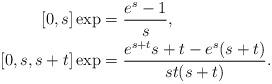
LaTeX: \begin{align*} [0,s]\exp & = \frac{e^s-1}{s},\\ [0,s,s+t]\exp & = \frac{e^{s+t}s+t-e^s(s+t)}{s t (s+t)}.\end{align*}